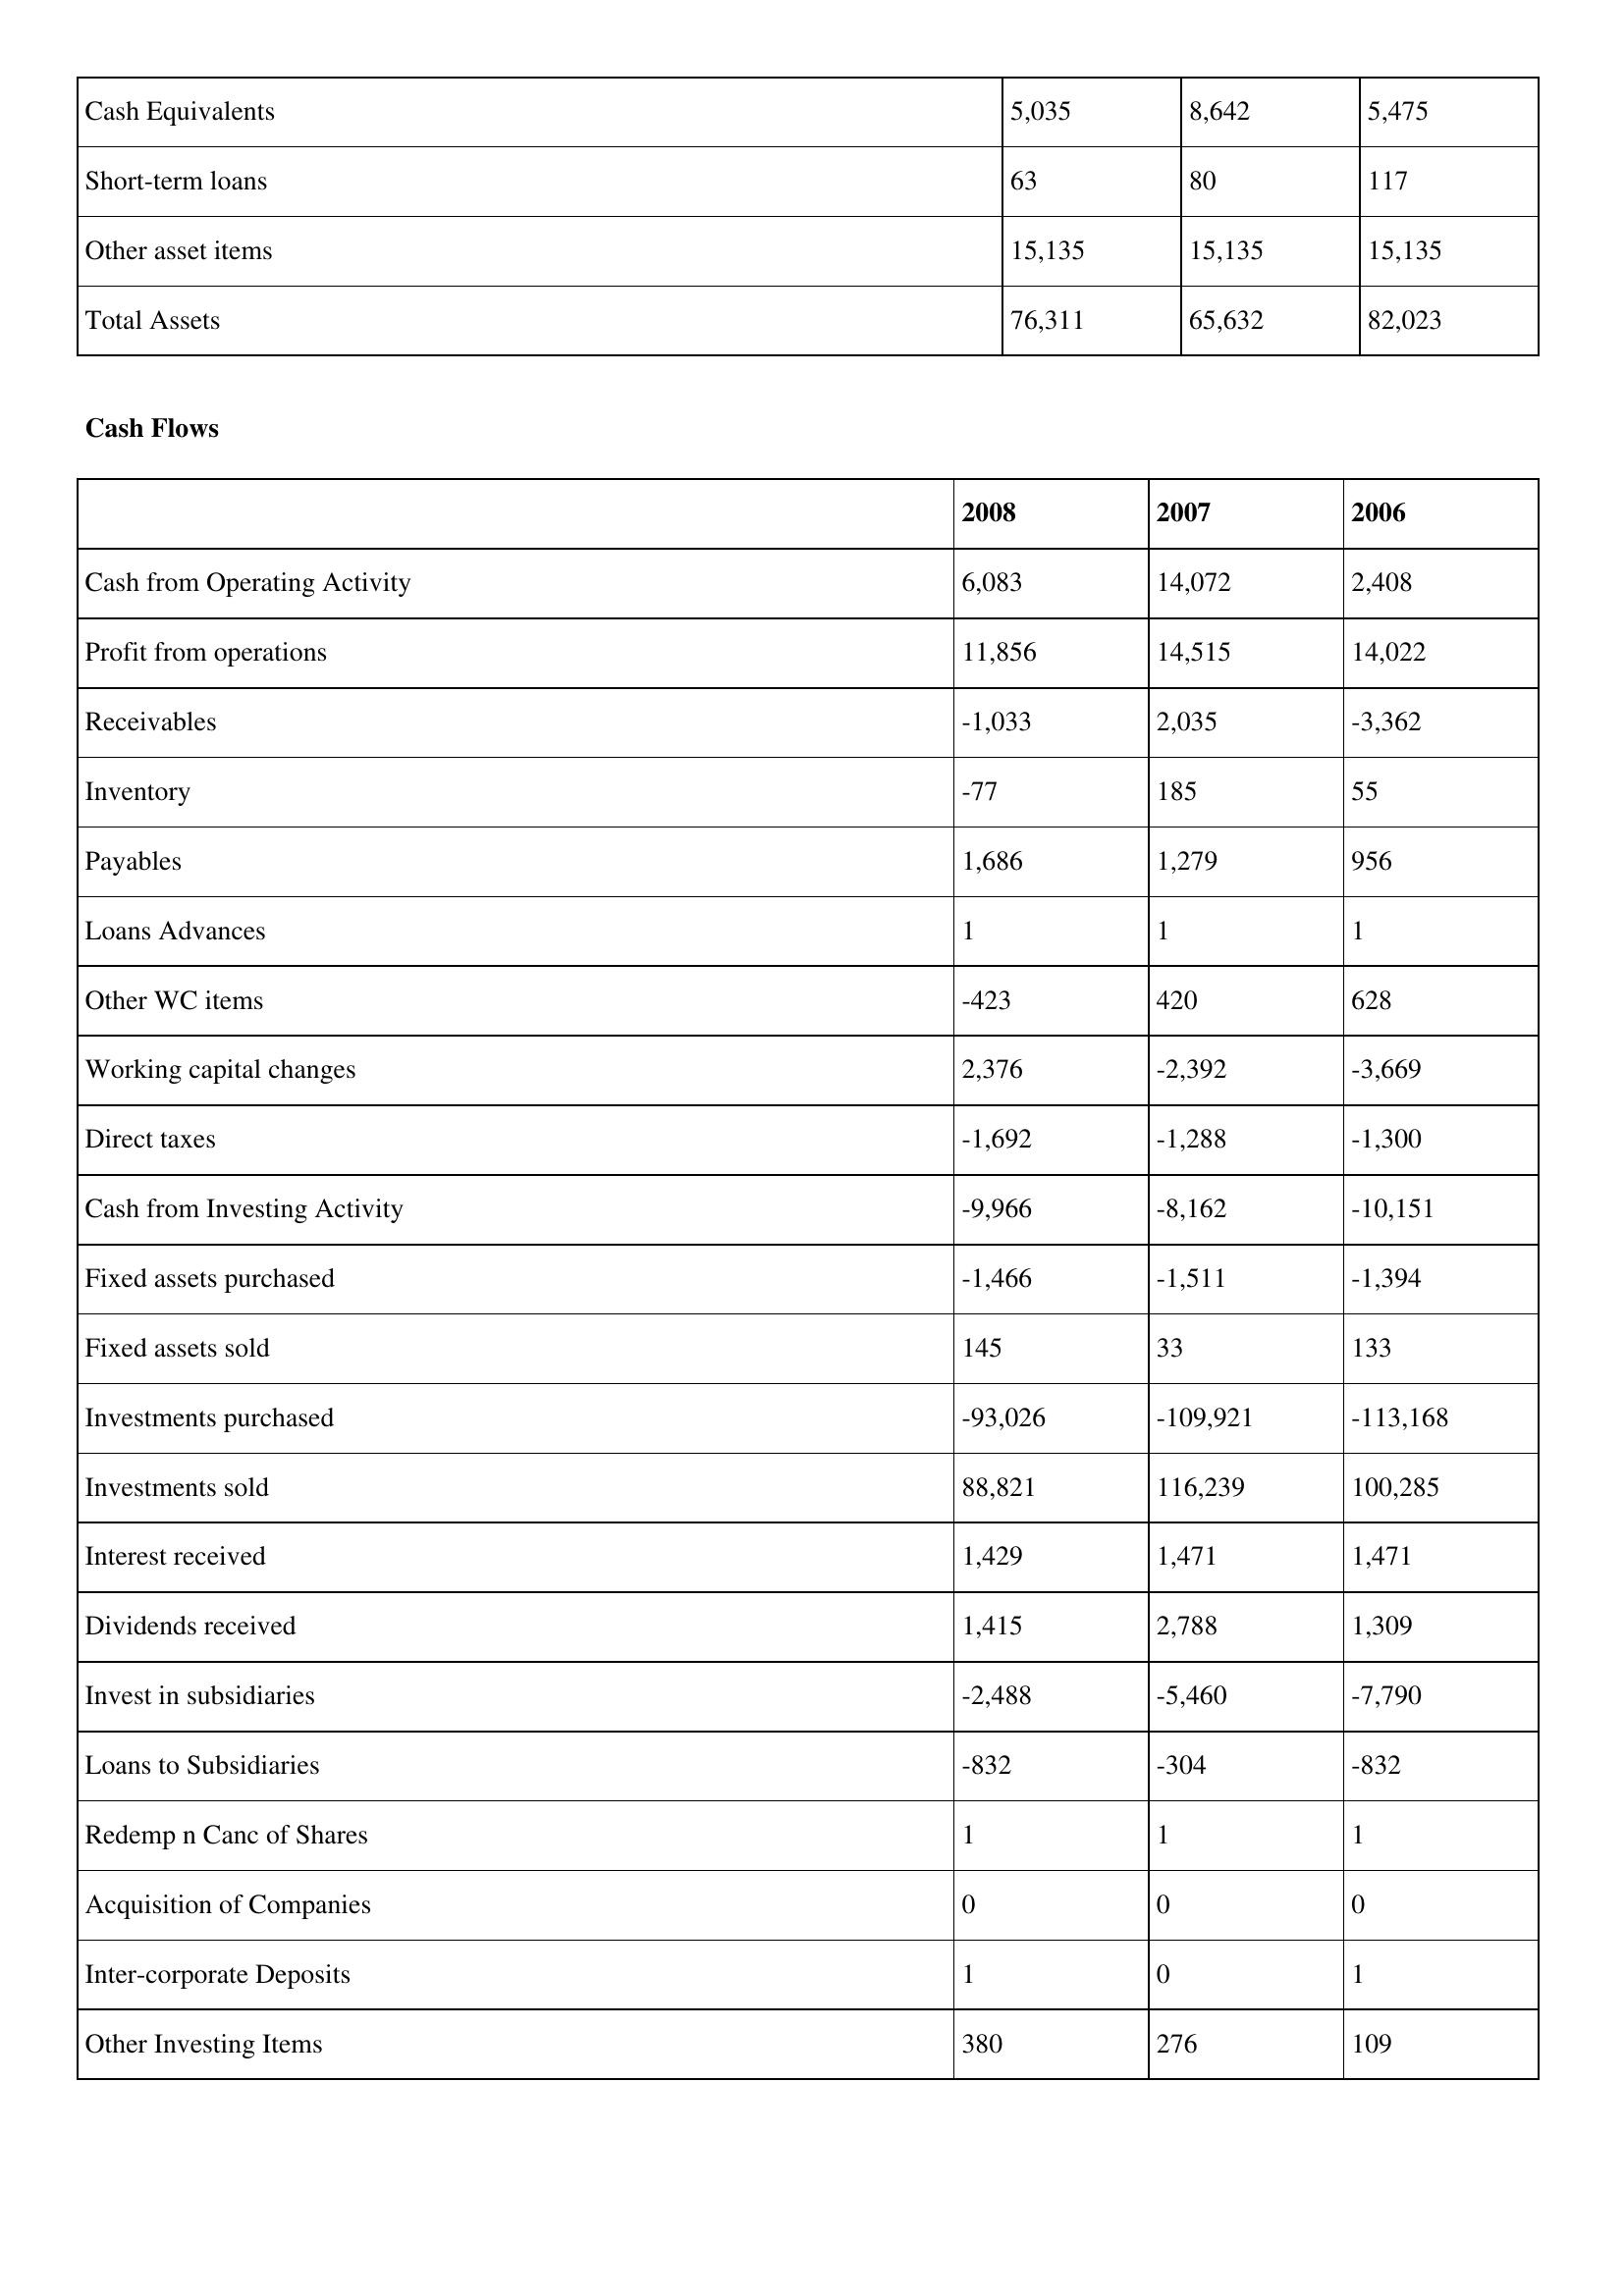
gt_parse: 2008: Balance Sheet: Cash Equivalents: 5,035
Short-term loans: 63
Other asset items: 15,135
Total Assets: 76,311
Cash Flows: Cash from Operating Activity: 6,083
Profit from operations: 11,856
Receivables: -1,033
Inventory: -77
Payables: 1,686
Loans Advances: 1
Other WC items: -423
Working capital changes: 2,376
Direct taxes: -1,692
Cash from Investing Activity: -9,966
Fixed assets purchased: -1,466
Fixed assets sold: 145
Investments purchased: -93,026
Investments sold: 88,821
Interest received: 1,429
Dividends received: 1,415
Invest in subsidiaries: -2,488
Loans to Subsidiaries: -832
Redemp n Canc of Shares: 1
Acquisition of Companies: 0
Inter-corporate Deposits: 1
Other Investing Items: 380
2007: Balance Sheet: Cash Equivalents: 8,642
Short-term loans: 80
Other asset items: 15,135
Total Assets: 65,632
Cash Flows: Cash from Operating Activity: 14,072
Profit from operations: 14,515
Receivables: 2,035
Inventory: 185
Payables: 1,279
Loans Advances: 1
Other WC items: 420
Working capital changes: -2,392
Direct taxes: -1,288
Cash from Investing Activity: -8,162
Fixed assets purchased: -1,511
Fixed assets sold: 33
Investments purchased: -109,921
Investments sold: 116,239
Interest received: 1,471
Dividends received: 2,788
Invest in subsidiaries: -5,460
Loans to Subsidiaries: -304
Redemp n Canc of Shares: 1
Acquisition of Companies: 0
Inter-corporate Deposits: 0
Other Investing Items: 276
2006: Balance Sheet: Cash Equivalents: 5,475
Short-term loans: 117
Other asset items: 15,135
Total Assets: 82,023
Cash Flows: Cash from Operating Activity: 2,408
Profit from operations: 14,022
Receivables: -3,362
Inventory: 55
Payables: 956
Loans Advances: 1
Other WC items: 628
Working capital changes: -3,669
Direct taxes: -1,300
Cash from Investing Activity: -10,151
Fixed assets purchased: -1,394
Fixed assets sold: 133
Investments purchased: -113,168
Investments sold: 100,285
Interest received: 1,471
Dividends received: 1,309
Invest in subsidiaries: -7,790
Loans to Subsidiaries: -832
Redemp n Canc of Shares: 1
Acquisition of Companies: 0
Inter-corporate Deposits: 1
Other Investing Items: 109